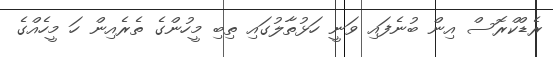
ރެޑްކްރޮސް އިން ބުނެފައި ވަނީ ހަޅުތާލުގައި ތިބި މީހުންގެ ތެރެއިން ހަ މީހެއްގެ